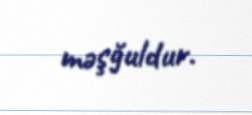
məşğuldur.